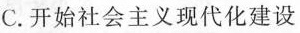
C.开始社会主义现代化建设